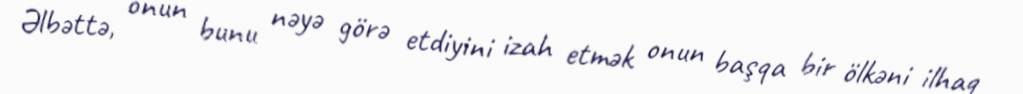
Əlbəttə, onun bunu nəyə görə etdiyini izah etmək onun başqa bir ölkəni ilhaq